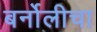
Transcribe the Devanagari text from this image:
बर्नोलीचा